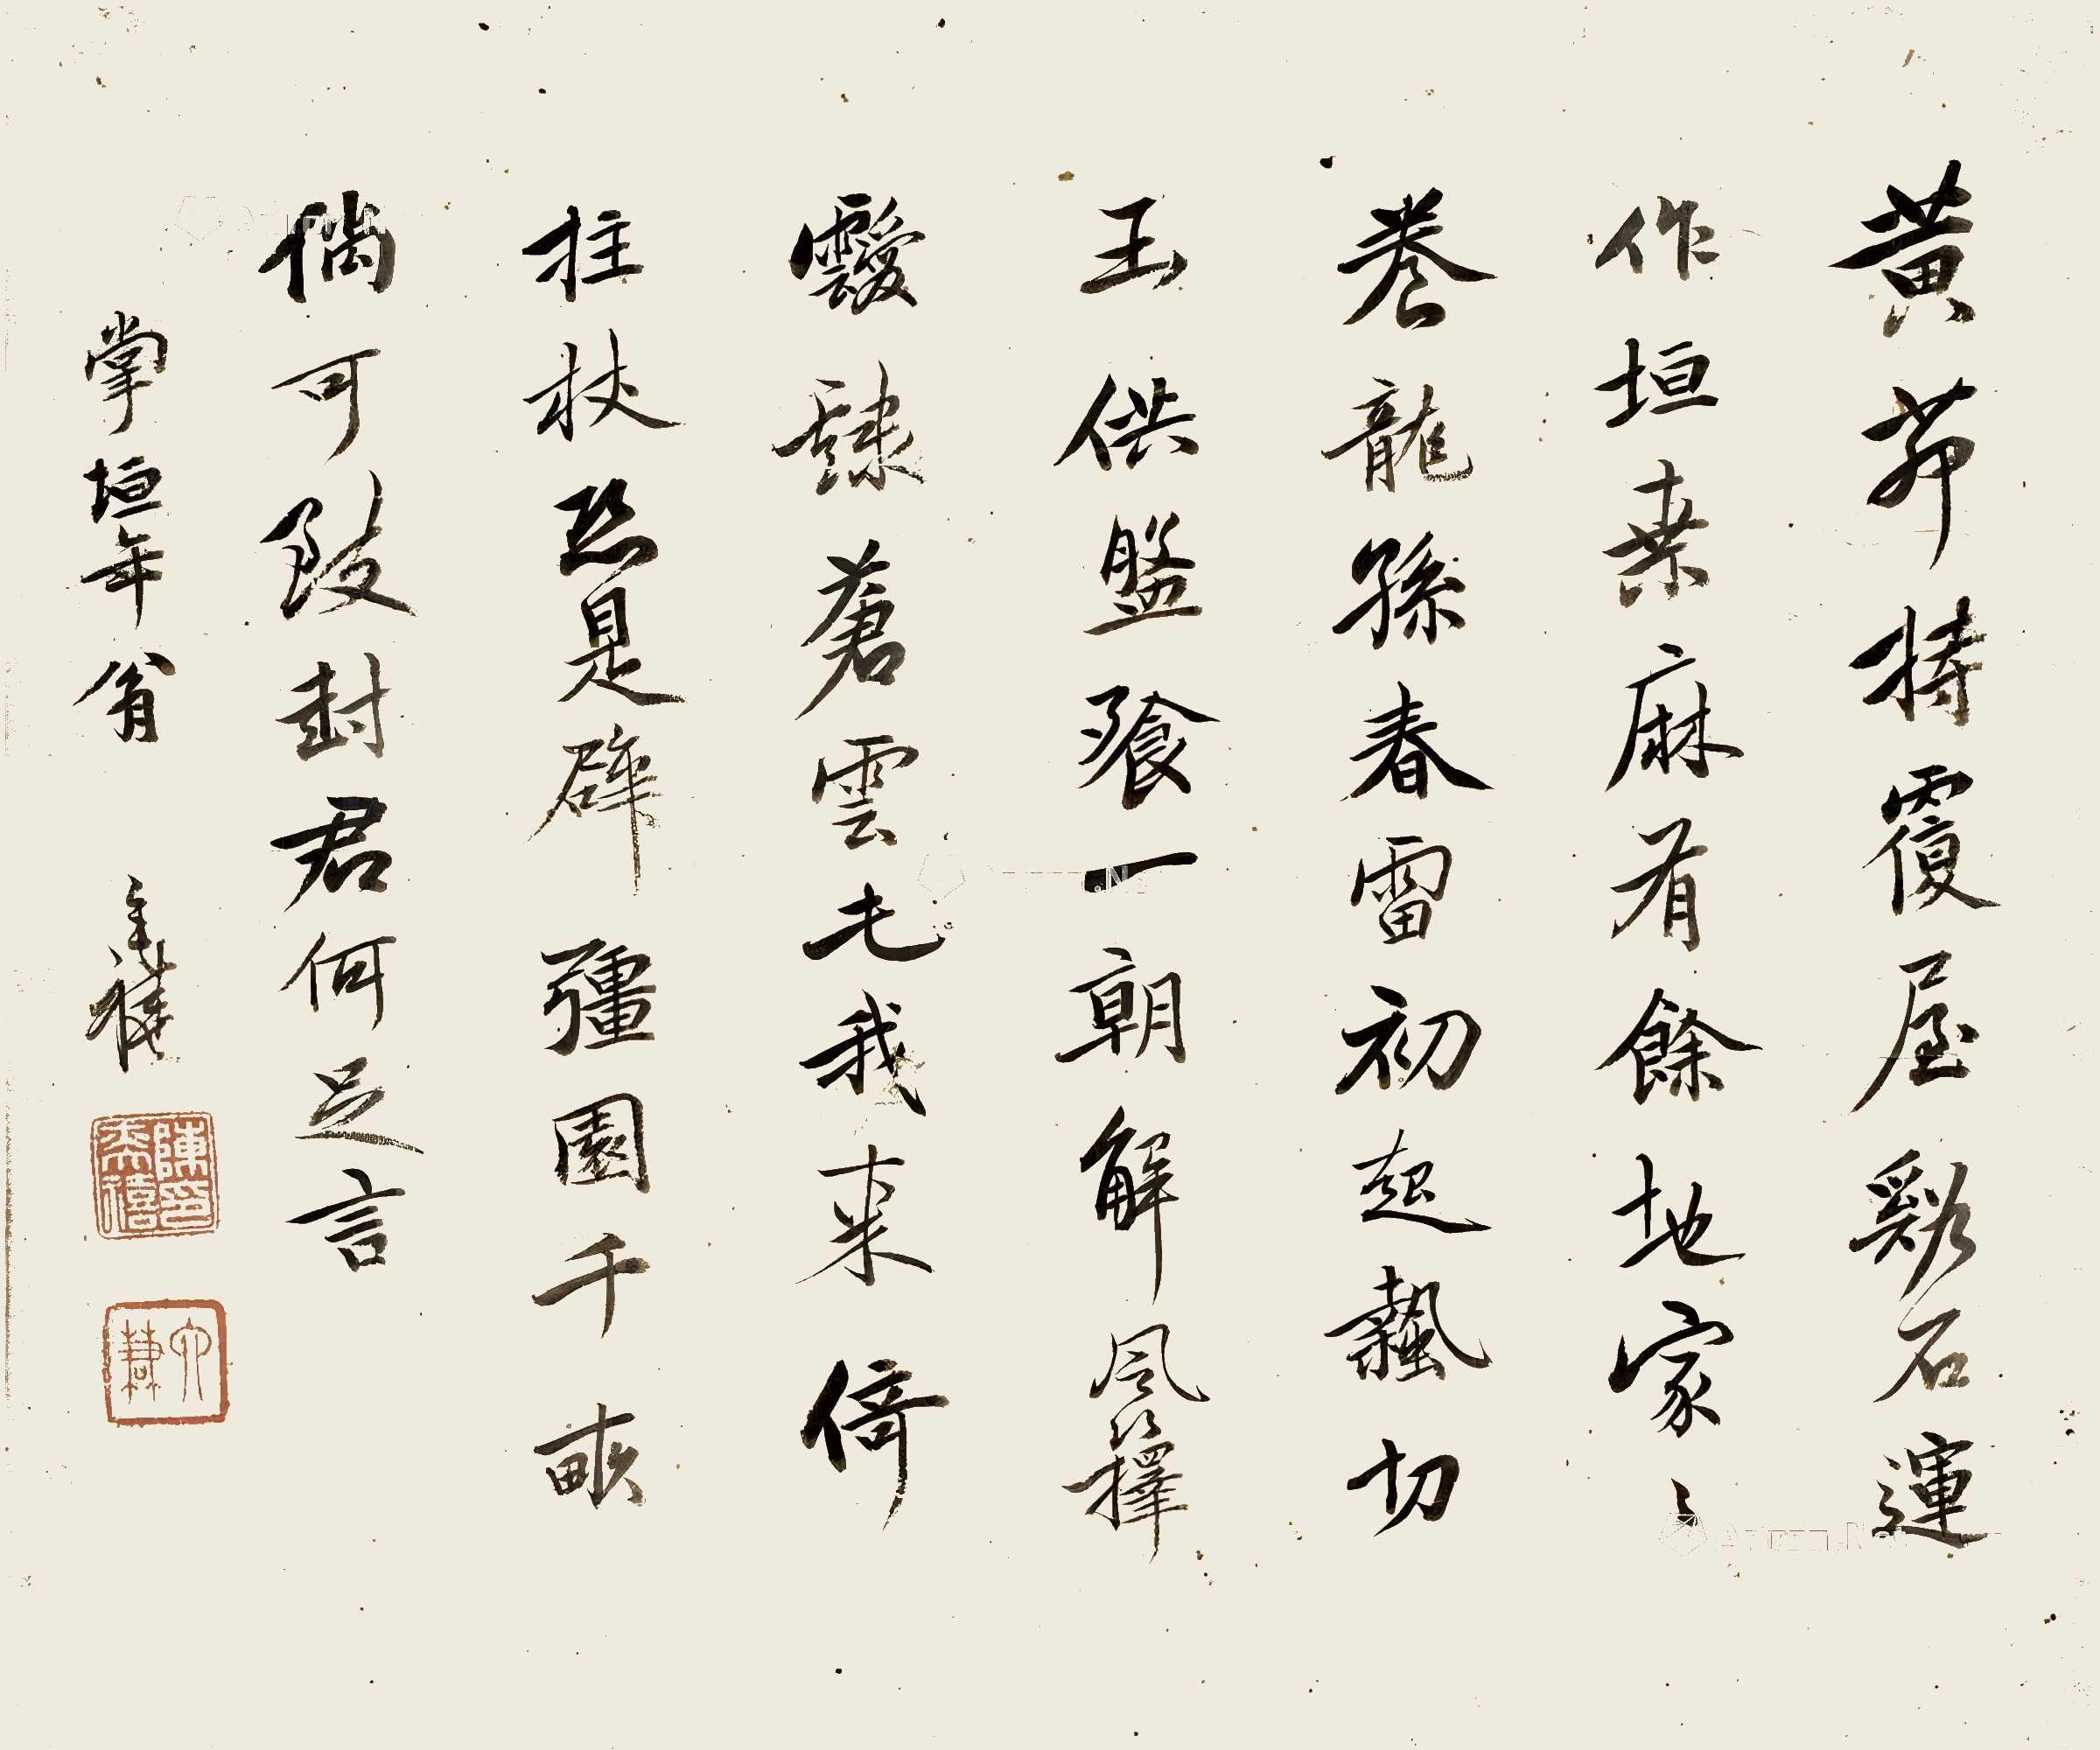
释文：黄茆持覆屋，溪石运作垣。桑麻有余地，家家养龙孙。春雷初起蛰，切玉供盘飧。一朝解风箨，叆叇苍云屯。我来倚拄杖，恐是辟疆园。千亩倘可致，封君何足言。掌垣年翁，奕禧。